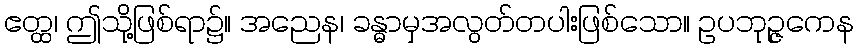
ဧတ္ထ၊ ဤသို့ဖြစ်ရာ၌။ အညေန၊ ခန္ဓာမှအလွတ်တပါးဖြစ်သော။ ဥပဘုဉ္ဇကေန